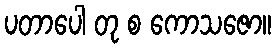
ပတာပေါ တု စ ကောသဇော။